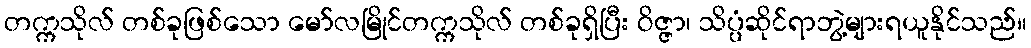
တက္ကသိုလ် တစ်ခုဖြစ်သော မော်လမြိုင်တက္ကသိုလ် တစ်ခုရှိပြီး ဝိဇ္ဇာ၊ သိပ္ပံဆိုင်ရာဘွဲ့များရယူနိုင်သည်။